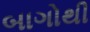
બાગોથી